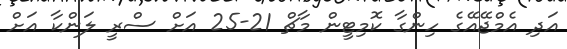
އަދި އެމްޖޭއޭގެ ހިންގާ ކޮމިޓީން މާޗް 21-25 އަށް ސްރީ ލަންކާ އަށް